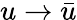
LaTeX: u\to\bar{u}